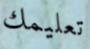
تعليمك